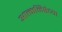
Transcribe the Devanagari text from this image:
आत्मनिष्ठेच्या